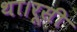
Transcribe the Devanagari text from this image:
था।रूसी